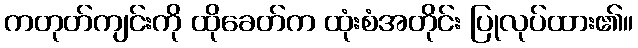
ကတုတ်ကျင်းကို ထိုခေတ်က ထုံးစံအတိုင်း ပြုလုပ်ထား၏။